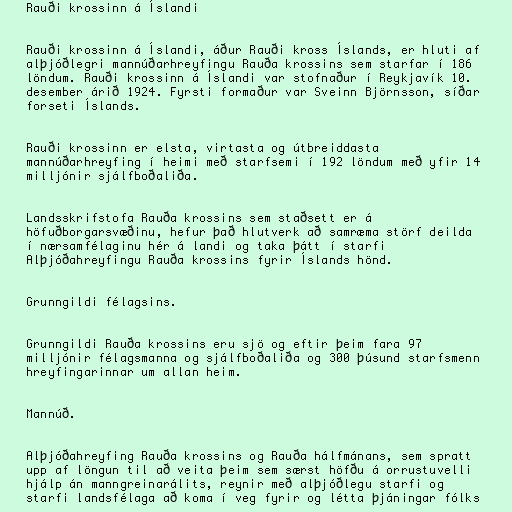
Rauði krossinn á Íslandi

Rauði krossinn á Íslandi, áður Rauði kross Íslands, er hluti af
alþjóðlegri mannúðarhreyfingu Rauða krossins sem starfar í 186
löndum. Rauði krossinn á Íslandi var stofnaður í Reykjavík 10.
desember árið 1924. Fyrsti formaður var Sveinn Björnsson, síðar
forseti Íslands.

Rauði krossinn er elsta, virtasta og útbreiddasta
mannúðarhreyfing í heimi með starfsemi í 192 löndum með yfir 14
milljónir sjálfboðaliða.

Landsskrifstofa Rauða krossins sem staðsett er á
höfuðborgarsvæðinu, hefur það hlutverk að samræma störf deilda
í nærsamfélaginu hér á landi og taka þátt í starfi
Alþjóðahreyfingu Rauða krossins fyrir Íslands hönd.

Grunngildi félagsins.

Grunngildi Rauða krossins eru sjö og eftir þeim fara 97
milljónir félagsmanna og sjálfboðaliða og 300 þúsund starfsmenn
hreyfingarinnar um allan heim.

Mannúð.

Alþjóðahreyfing Rauða krossins og Rauða hálfmánans, sem spratt
upp af löngun til að veita þeim sem særst höfðu á orrustuvelli
hjálp án manngreinarálits, reynir með alþjóðlegu starfi og
starfi landsfélaga að koma í veg fyrir og létta þjáningar fólks